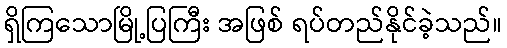
ရှိကြသောမြို့ပြကြီး အဖြစ် ရပ်တည်နိုင်ခဲ့သည်။